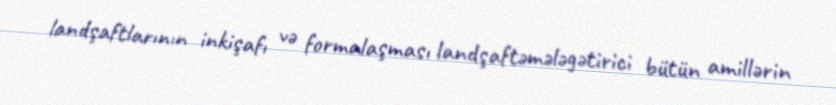
landşaftlarının inkişafı və formalaşması landşaftəmələgətirici bütün amillərin